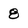
Character: 8